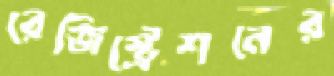
রেজিস্ট্রেশনের